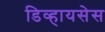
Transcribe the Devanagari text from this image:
डिव्हायसेस